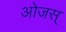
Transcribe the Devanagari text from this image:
ओजस्‌